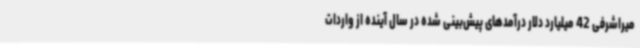
میراشرفی 42 میلیارد دلار درآمدهای پیش‌بینی شده در سال آینده از واردات